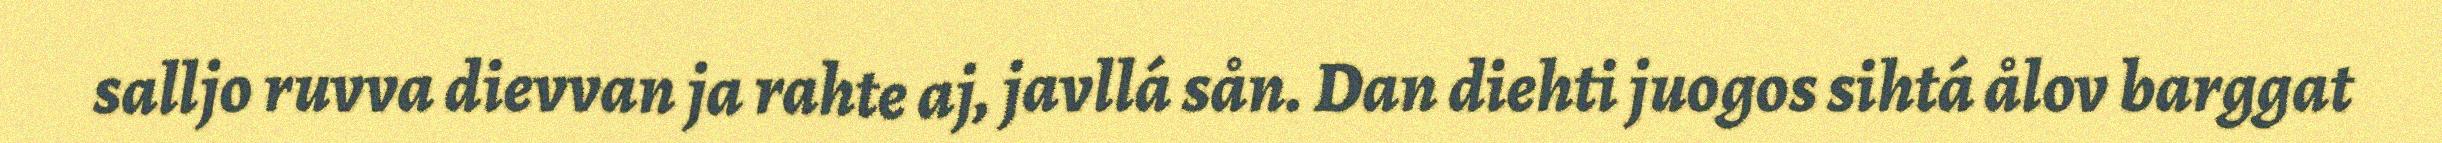
salljo ruvva dievvan ja rahte aj, javllá sån. Dan diehti juogos sihtá ålov barggat